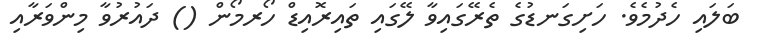
ބަލައި ހެދުމެވެ. ހަށިގަނޑުގެ ތެރޭގައިވާ ލޭގައި ތައިރޮއިޑް ހޯރމޯން () ދައުރުވާ މިންވަރާއި